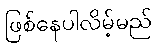
ဖြစ်နေပါလိမ့်မည်